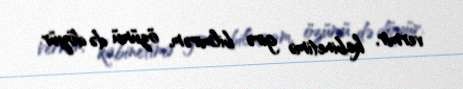
vermir, kabinetimə girə bilmirəm, özümü də döyür.